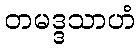
တမဒ္ဒသာဟံ